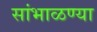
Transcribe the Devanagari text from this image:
सांभाळण्या